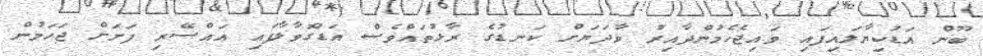
ބޫން އަޑުކިޔާލައިފައި ވައިޖެހެމުންދާއިރު ވާދަޔަށް ކަނޑުގެ ރާޅުތައްވެސް އަޑުގޮވާލާފައި އައްސޭރި ފަށަށް ޖަހަމުން